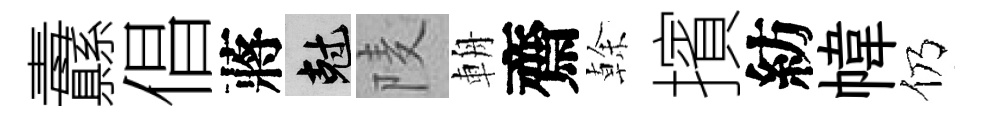
纛倡蔣剋𨹧輈齋𠏉擯紡幃仍